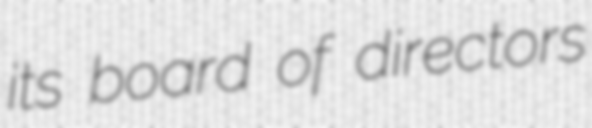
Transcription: its board of directors